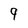
Character: 9